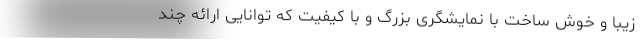
زیبا و خوش ساخت با نمایشگری بزرگ و با کیفیت که توانایی ارائه چند